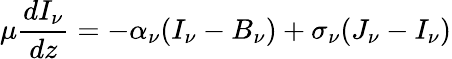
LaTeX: \mu{\frac{dI_{\nu}}{dz}}=-\alpha_{\nu}(I_{\nu}-B_{\nu})+\sigma_{\nu}(J_{\nu}-I_{\nu})